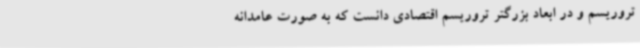
تروریسم و در ابعاد بزرگتر تروریسم اقتصادی دانست که به صورت عامدانه